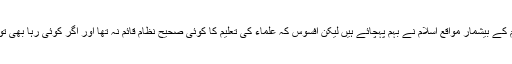
خطبہ جمعہ، خطبہ عید، حج وعظ غرض تعلیم و تربیت ِ عوام کے بیشمار مواقع اسلام نے بہم پہچائے ہیں لیکن افسوس کہ علماء کی تعلیم کا کوئی صحیح نظام قائم نہ تھا اور اگر کوئی رہا بھی تو اس کا طریق عمل ایسا رہا کہ دین کی حقیقی روح نکل گئی۔